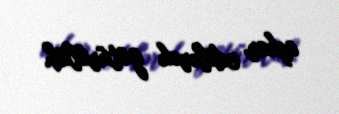
aşkar edilərək götürülüb.